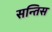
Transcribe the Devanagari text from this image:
सन्तिस